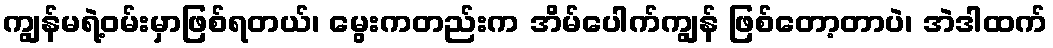
ကျွန်မရဲ့ဝမ်းမှာဖြစ်ရတယ်၊ မွေးကတည်းက အိမ်ပေါက်ကျွန် ဖြစ်တော့တာပဲ၊ အဲဒါထက်